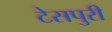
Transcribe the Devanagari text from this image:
टेसपुरी